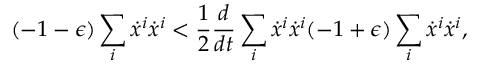
( - 1 - \epsilon ) \sum _ { i } \dot { x } ^ { i } \dot { x } ^ { i } < \frac { 1 } { 2 } \frac { d } { d t } \sum _ { i } \dot { x } ^ { i } \dot { x } ^ { i } ( - 1 + \epsilon ) \sum _ { i } \dot { x } ^ { i } \dot { x } ^ { i } ,